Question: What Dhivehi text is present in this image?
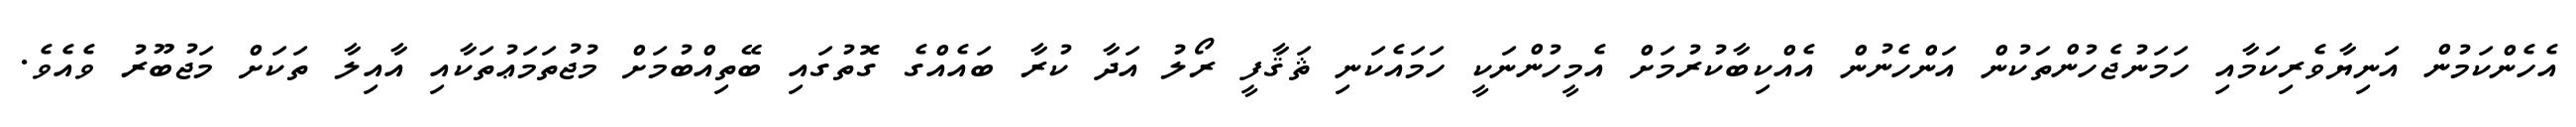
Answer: އެހެންކަމުން އަނިޔާވެރިކަމާއި ހަމަނުޖެހުންތަކުން އަންހެނުން އެއްކިބާކުރުމަށް އެމީހުންނަކީ ހަމައެކަނި ޘަޤާފީ ރޯލު އަދާ ކުރާ ބައެއްގެ ގޮތުގައި ބޭތިއްބުމަށް މުޖުތަމަޢުތަކާއި އާއިލާ ތަކަށް މަޖުބޫރު ވެއެވެ.